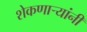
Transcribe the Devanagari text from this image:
शेकणार्‍यांनी